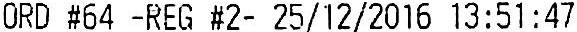
ORD #64 -REG #2- 25/12/2016 13:51:47